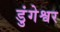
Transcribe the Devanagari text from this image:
डुंगेश्वर